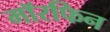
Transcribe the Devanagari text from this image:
मॉरफिन